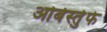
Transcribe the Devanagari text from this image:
ओबेर्स्तुफे